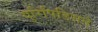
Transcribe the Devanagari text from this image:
युरिपिडिसने